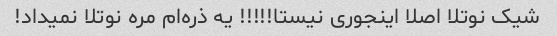
شیک‌ نوتلا اصلا اینجوری نیستا!!!!! یه ذره‌ام مره نوتلا نمیداد!